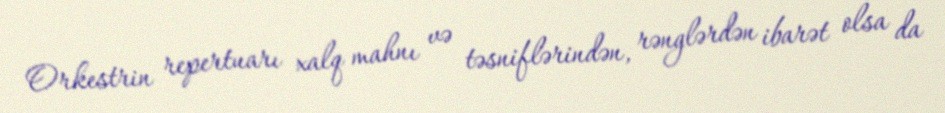
Orkestrin repertuarı xalq mahnı və təsniflərindən, rənglərdən ibarət olsa da